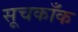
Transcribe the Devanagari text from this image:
सूचकाँक